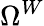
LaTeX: \Omega^{W}